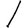
Digit: 1